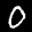
Label: 0